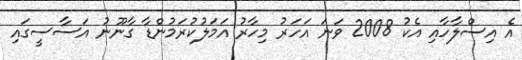
އެ އިސްލާހާއި އެކު 2008 ވަނަ އަހަރު މިހާރު އަމަލުކުރަމުންޑާ ގާނޫނު އަސާސީގައި